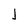
Character: I